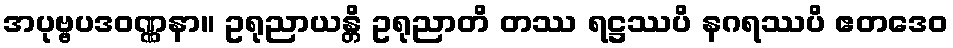
အပုဗ္ဗပဒဝဏ္ဏနာ။ ဥရုညာယန္တိ ဥရုညာတိ တဿ ရဋ္ဌဿပိ နဂရဿပိ ဧတဒေဝ